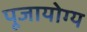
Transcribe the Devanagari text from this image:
पूजायोग्य